system: You are a helpful assistant.
user:
Analyze the provided spectrum to determine if it is a **"Cataclysmic Variables (CV)"**.

- **Key Indicators for CV (Check for either state):**
    - **State 1: Quiescent / Low-State (Emission-Dominated)**
        - **(Primary):** Strong and *very broad* Hydrogen Balmer emission lines (e.g., $H\alpha$ at 6563 Å, $H\beta$ at 4861 Å). The 'broadness' (high velocity dispersion, often FWHM > 1000 km/s) is the key diagnostic, indicating a high-velocity accretion disk.
        - **(Secondary):** Broad neutral Helium (He I) emission lines (e.g., 5876 Å, 6678 Å).
        - **(Key Confirmation):** Presence of high-excitation *ionized* Helium (He II) emission at 4686 Å. This is a strong indicator of accretion onto a white dwarf.
        - **(Line Profile):** Emission lines may exhibit a 'double-peaked' profile, which is a classic signature of a rotating accretion disk viewed at high inclination.

    - **State 2: Outburst / High-State (Absorption-Dominated)**
        - **(Primary):** Spectrum is dominated by a bright, blue continuum (looks like a hot star).
        - **(Secondary):** The emission lines from State 1 are weak, absent, or 'filled in', and are replaced by broad, shallow *absorption* lines (primarily Balmer and He I).
        - **(Morphology):** The overall spectrum mimics a hot B/A-type star. The crucial difference is that the absorption lines are significantly broader, shallower, and more 'washed-out' (or 'smeared') than the sharp lines of a normal stellar photosphere, due to high rotational speeds and pressure broadening in the disk.

Think first, call **spectral_visualization_tool** if needed to examine features in detail, then provide your final answer. Your response must adhere to the following strict rules:
1.  **Overall Structure:** Your response must follow the format `<think>...</think> <tool_call>...</tool_call> (if a tool is used) <answer>...</answer>`.
2.  **Tool Usage Constraint:** You may only make **one** tool call per turn.
3.  **Final Answer Format:** In the `<answer>` tag, your conclusion must be inside a `\boxed{}` command (e.g., `\boxed{YES}`), followed by your justification.

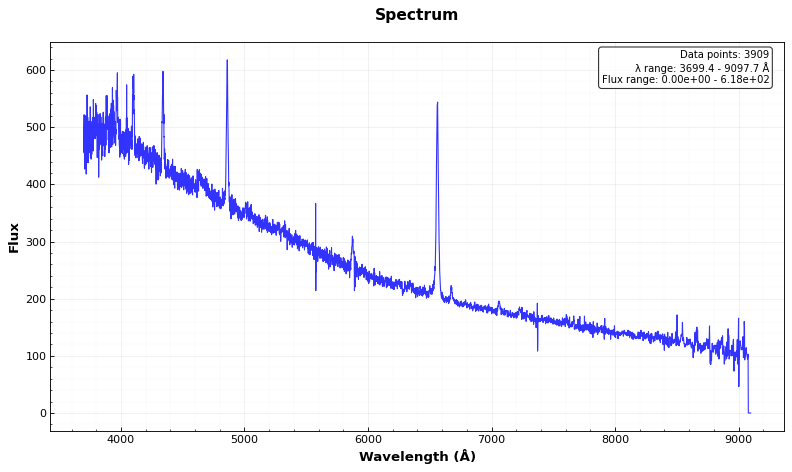
Answer: YES